Bombay plague: being a history of the progress of plague in the Bombay presidency from September 1896 to June 1899
Year: 1896
Disease focus: Plague
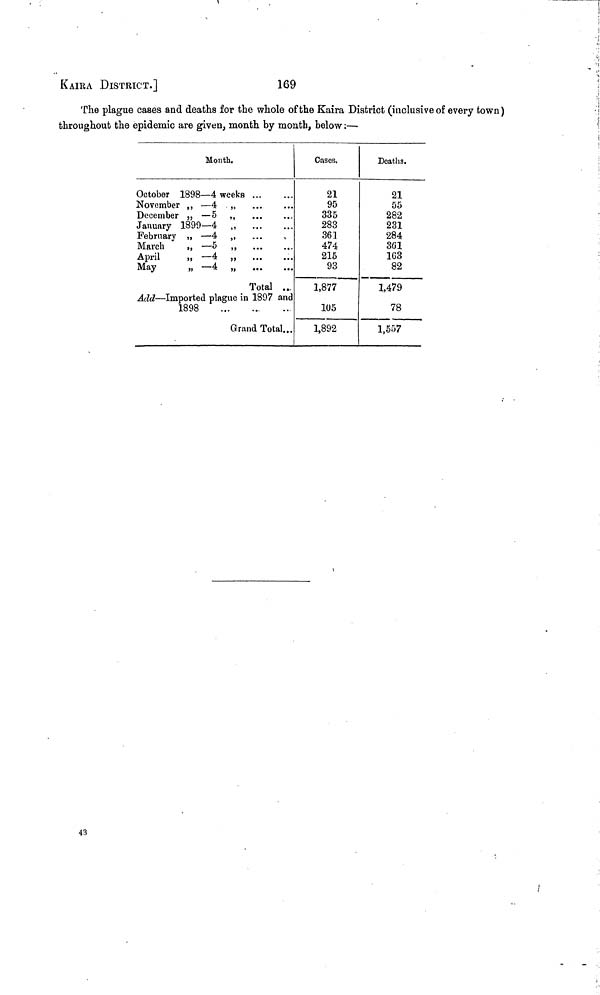
KAIRA DISTRICT.]
169
The plague cases and deaths for the whole of the Kaira District (inclusive of every town)
throughout the epidemic are given, month by month, below :—
Month.
October 1898—4 weeks
November ,, — 4
December „ — 5
January 1899—4
February „ — 4
March
„ — 5
April
„ — 4
May
„ —4
„
„
...
...
...
...
...
...
...
Total
...
...
...
...
...
...
...
Add — Imported plague in 1897 and
1898
...
··
...
Grand Total...
Cases.
21
95
335
283
361
474
215
93
1,877
105
1,892
Deaths.
21
55
282
231
284
361
1G3
82
1,479
78
1,557
43